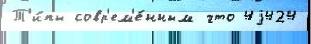
Т'и́пы совр'ем'е́нным что 4j424